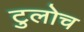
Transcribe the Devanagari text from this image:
टुलोच